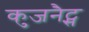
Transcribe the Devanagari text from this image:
कुजनैट्स